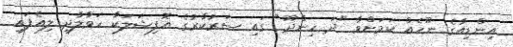
އިންޑިއާގެ ނޫހެއް ކަމަށްވާ "ދަ ހިންދޫ" ގައި ސަރުކާރުގެ އޮފިޝަލަކާ ހަވާލާދީ ލިއެފައި